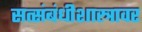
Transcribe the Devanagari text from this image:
सत्संबंधीशास्त्रावर